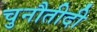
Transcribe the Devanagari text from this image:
चुनौतीदी